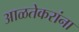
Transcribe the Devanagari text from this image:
आळतेकरांना